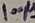
Text: 100µ